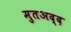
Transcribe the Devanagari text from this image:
मुतअद्द